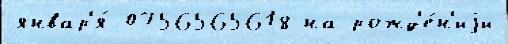
январ'я́ 0756565618 на рожд'е́н'иjи